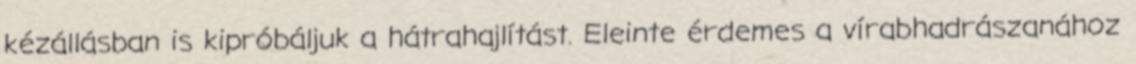
kézállásban is kipróbáljuk a hátrahajlítást. Eleinte érdemes a vírabhadrászanához